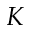
K